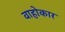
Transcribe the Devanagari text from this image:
वाहोकार